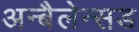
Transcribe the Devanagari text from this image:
अन्बैलेन्सड